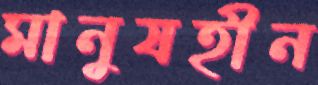
মানুষহীন